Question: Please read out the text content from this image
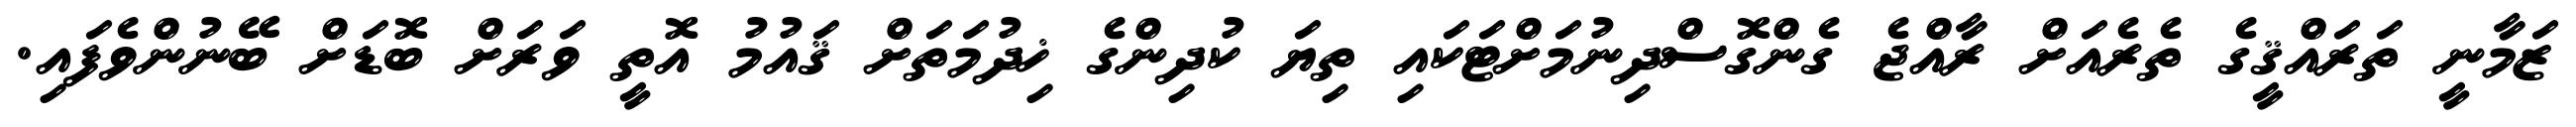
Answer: ޒަމާނީ ތަރައްޤީގެ ތެރެއަށް ރާއްޖެ ގެންގޮސްދިނުމަށްޓަކައި ތިޔަ ކުދިންގެ ޚިދުމަތަށް ޤައުމު އޮތީ ވަރަށް ބޮޑަށް ބޭނުންވެފައި.